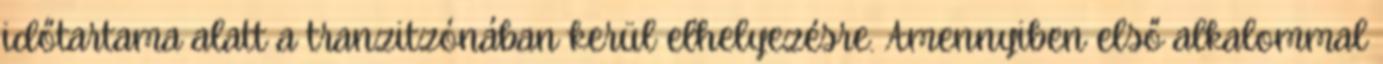
időtartama alatt a tranzitzónában kerül elhelyezésre. Amennyiben első alkalommal